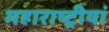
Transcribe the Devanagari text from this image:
महाराष्ट्रीयां